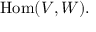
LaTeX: { \mathrm { H o m } } ( V , W ) .